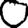
Digit: 0